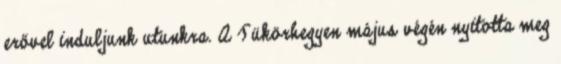
erővel induljunk utunkra. A Tükörhegyen május végén nyitotta meg